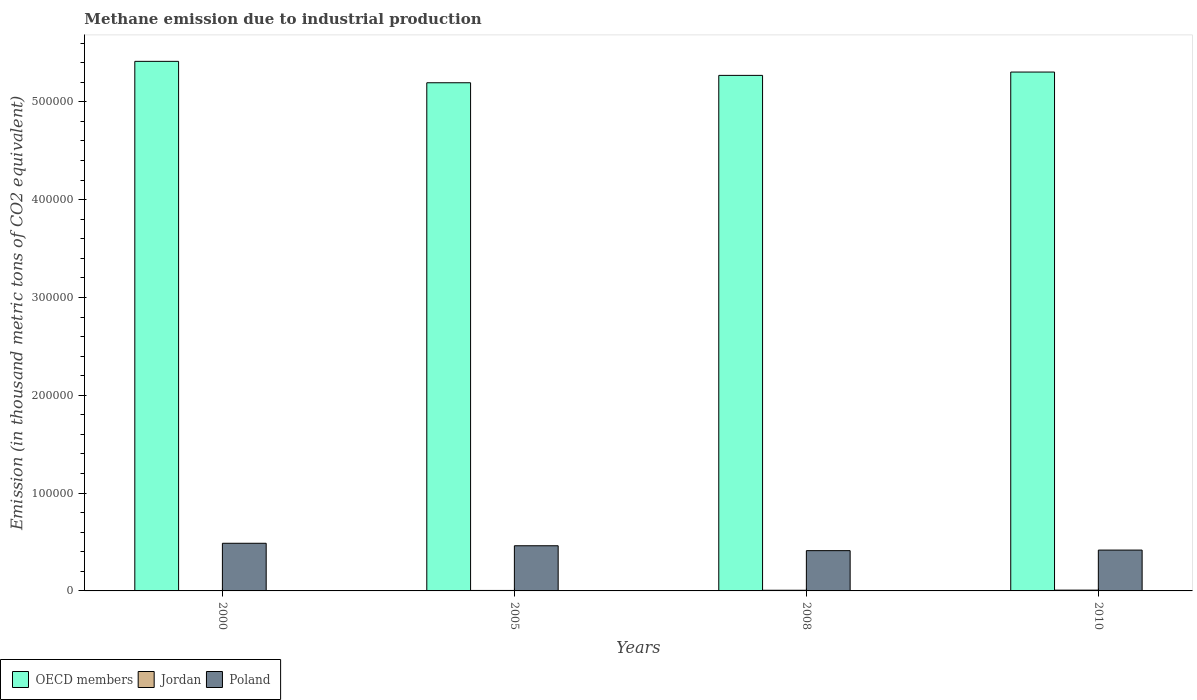
| Years | OECD members | Jordan | Poland |
 | --- | --- | --- | --- |
 | 2000 | 5.41e+05 | 231 | 4.87e+04 |
 | 2005 | 5.19e+05 | 486 | 4.62e+04 |
 | 2008 | 5.27e+05 | 682 | 4.12e+04 |
 | 2010 | 5.3e+05 | 805 | 4.17e+04 |